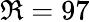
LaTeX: \Re=97